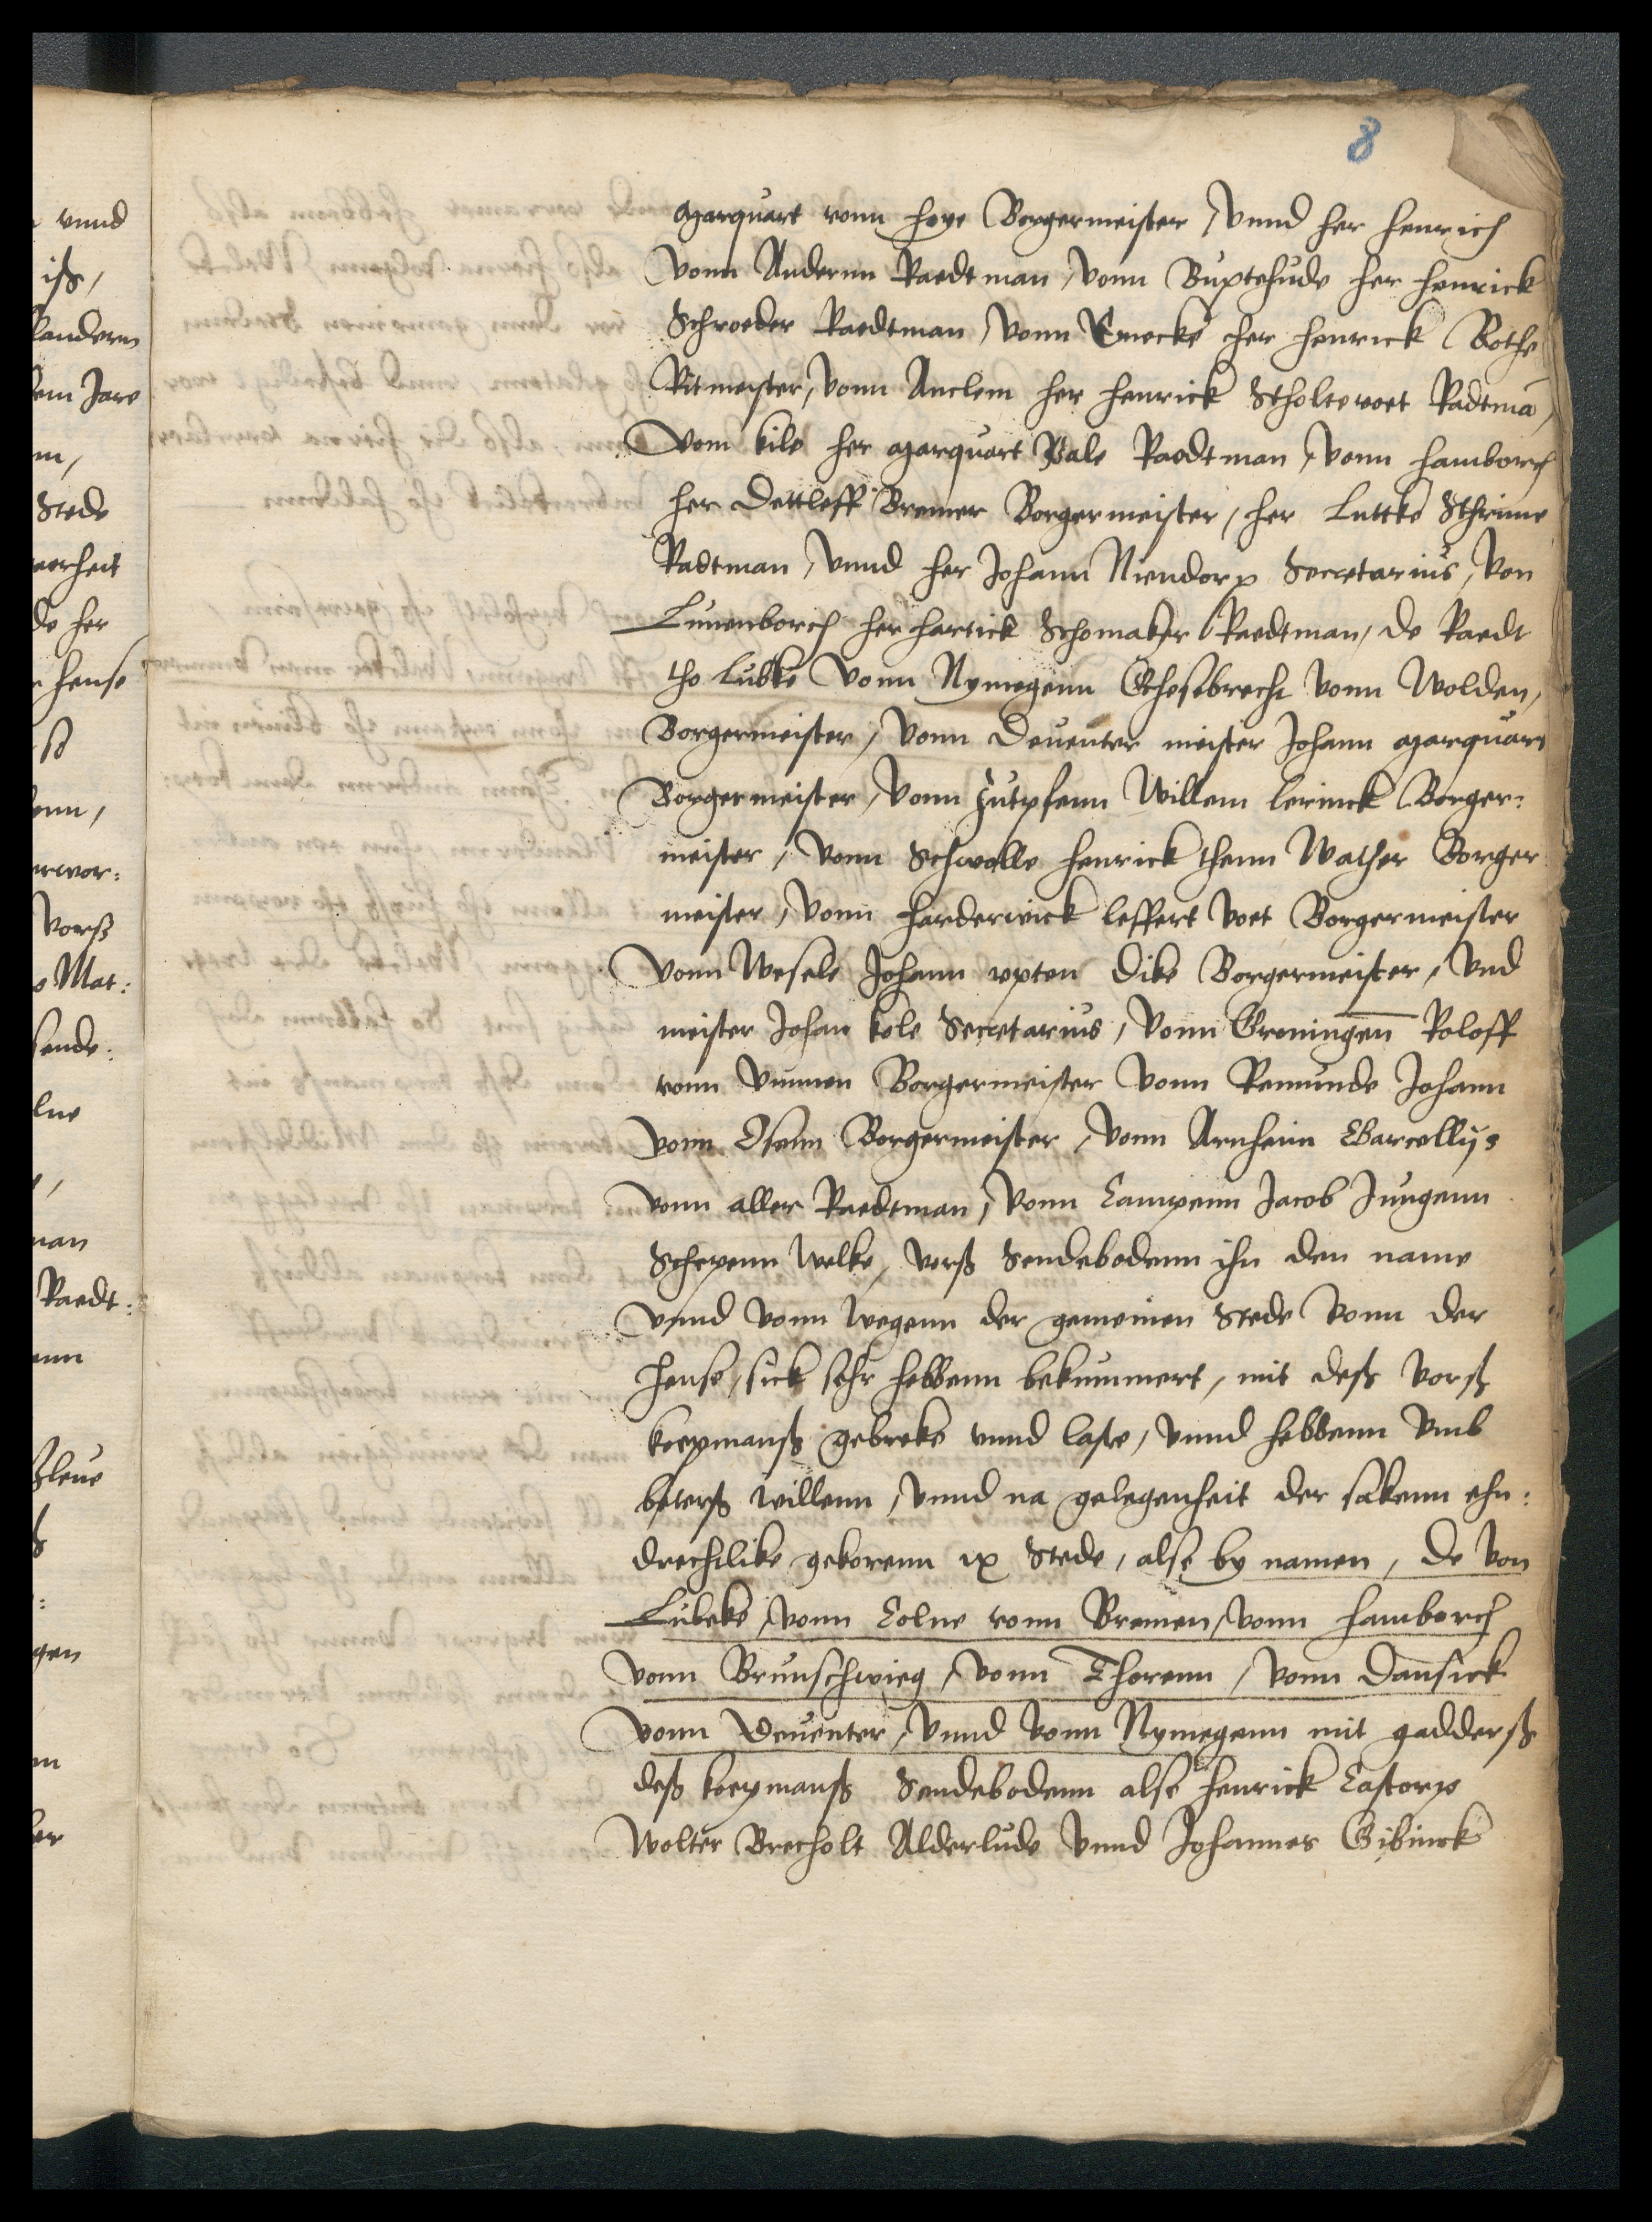
Marquart vonn Hoye Borgermeister, vnnd her henrich
vonn Andernn Raedtman, vonn Buxtehude her henrick
Schroeder Raedtman, vonn Emecke her henrick Bothe
Ritmeister, vonn Anclem her Henrick Stholtevoet Radtman
Vom Kile her Marquart Pale Raedtman, vonn hamborch
her Dettleff Bremer Borgermeister, her Luttke Schrime
Radtman, vnnd her Johann Niendorp Secretarius, von
Luneborch her hartick Schomaker Raedtman, de Raedt
to Lubke vonn Nymegenn Ghesebrecht vonn Wolden,
Borgermeister, vonn Deuenter meister Johann Marquart
Borgermeister, vonn Zutphenn Willem Lerinck Borger¬
meister, vonn Schwolle Henrick thenn Wather Borger¬
meister, vonn harderwick Leffert Voet Borgermeister
Vonn Wesele Johann vpten Dike Borgermeister, vnd
meister Johan Kole Secretarius, vonn Groningenn Roloff
tom Vmmen Borgermeister vonn Remunde Johann
Vonn Osenn Borgermeister, vonn Arnheim Bartollijs
vonn aller Raedtman, vonn Campen Jacob Jungenn
Schepenn welke, vorscreuen Sendebodenn ihn dem name
vnnd vonn wegenn der gemeinen Stede vonn der
hense, sick sehr hebbenn bekummert, mit deß vorscreuen
koepmanß gebreke vnnd laste, vnnd hebbenn vmb
beterß willenn, vnnd na gelegenheit der sakenn ehn¬
drechtlike gekorenn ix Stede, also by namen, de von
Lubeke, vonn Colne vonn Bremen, vonn hamborch
vonn Brunschwieg, vonn Thorenn, vonn Dansick
vonn Deuenter, vnnd vonn Nymegenn mit gadderß
deß koepmanß Sendebodenn alse henrick Castorp
Wolter Brecholt Alderlude vnnd Johannes Gibinck